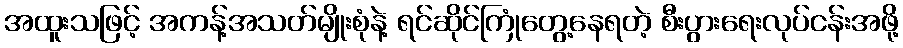
အထူးသဖြင့် အကန့်အသတ်မျိုးစုံနဲ့ ရင်ဆိုင်ကြုံတွေ့နေရတဲ့ စီးပွားရေးလုပ်ငန်းအဖို့